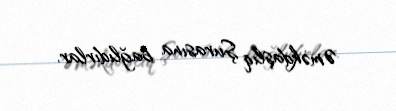
Əməkdaşlıq Şurasına bağlıdırlar.